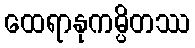
ထေရာနုကမ္ပိတဿ